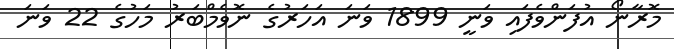
މޮރާނޯ އުފަންވެފައި ވަނީ 1899 ވަނަ އަހަރުގެ ނޮވެމްބަރު މަހުގެ 22 ވަނަ